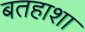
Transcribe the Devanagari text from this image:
बतहाशा